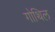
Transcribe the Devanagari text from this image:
गोथिल